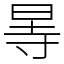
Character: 㫭